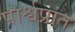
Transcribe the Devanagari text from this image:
पार्श्वप्रांत